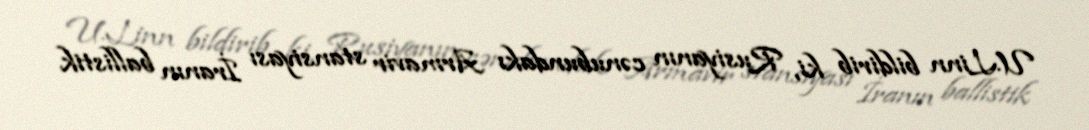
U.Linn bildirib ki, Rusiyanın cənubundakı Armavir stansiyası İranın ballistik